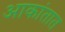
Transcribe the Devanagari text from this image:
आकांतात